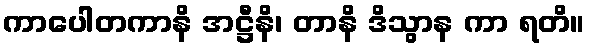
ကာပေါတကာနိ အဋ္ဌီနိ၊ တာနိ ဒိသွာန ကာ ရတိ။